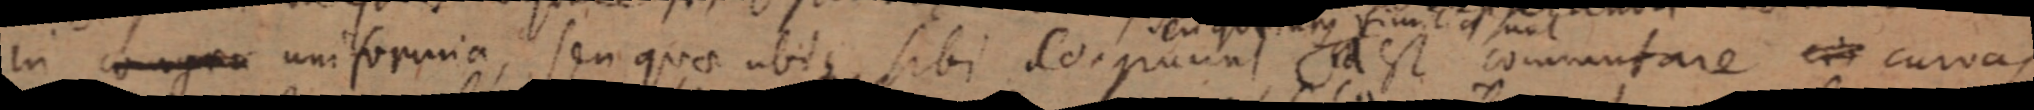
in cogrua uniformia, seu quae ubique sibi sogruunt id est commutare _ curvas